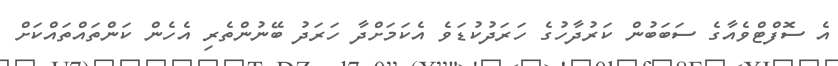
އެ ސޮފްޓްވެއާގެ ސަބަބުން ކަރުދާހުގެ ހަރަދުކުޑަވެ އެކަމަށްދާ ހަރަދު ބޭނުންތެރި އެހެން ކަންތައްތައްކަށް